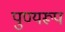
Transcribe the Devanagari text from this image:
पुण्यरूप